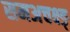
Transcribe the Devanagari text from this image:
समअचक्ष्ङ्